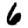
Digit: 6